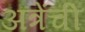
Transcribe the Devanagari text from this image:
अत्रेंची